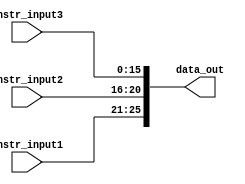
module the_box2 (

    input wire  [4:0]  instr_input1,
    input wire  [4:0]  instr_input2,
    input wire  [15:0] instr_input3,
    output wire [25:0] data_out

); 

    //concatenando
    assign data_out = {instr_input1, instr_input2, instr_input3};


endmodule